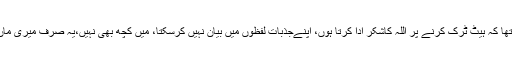
نسیم شاہ کا کہنا تھا کہ ہیٹ ٹرک کرنے پر اللہ کاشکر ادا کرتا ہوں، اپنےجذبات لفظوں میں بیان نہیں کرسکتا، میں کچھ بھی نہیں،یہ صرف میری ماں کی دعائیں ہیں۔